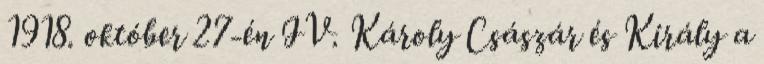
1918. október 27-én IV. Károly Császár és Király a